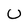
Character: U